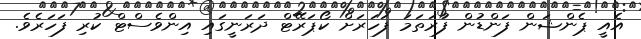
އެއީ ޕެންޝަން ފަންޑުން ފުރަތަމަ ފަހަރަށް ކޯޕަރޭޓް ދަރަނީގައި އިންވެސްޓް ކުރި ފަހަރެވެ.